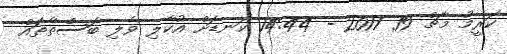
ކަރީމު މާޗް 19